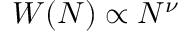
W ( N ) \propto N ^ { \nu }